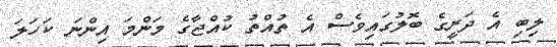
ލިބި އެ ދަރީގެ ބޮލުގައިވެސް އެ ތުއްތު ކުއްޖާގެ މަންމަ އިންނަ ކަހަލަ